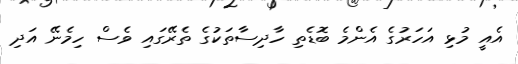
އެއީ މުޅި އަހަރުގެ އެންމެ ބޮޑެތި ހާދިސާތަކުގެ ތެރޭގައި ވެސް ހިމެނޭ އަދި